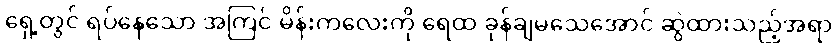
ရှေ့တွင် ရပ်နေသော အကြင် မိန်းကလေးကို ရေထဲ ခုန်ချမသေအောင် ဆွဲထားသည့်အရာ